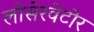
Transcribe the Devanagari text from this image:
लोसेरवेटोर